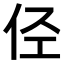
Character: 𠇹